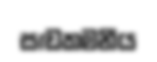
සඬකමනීය